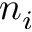
n _ { i }